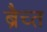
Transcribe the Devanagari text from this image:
ब्रैच्त